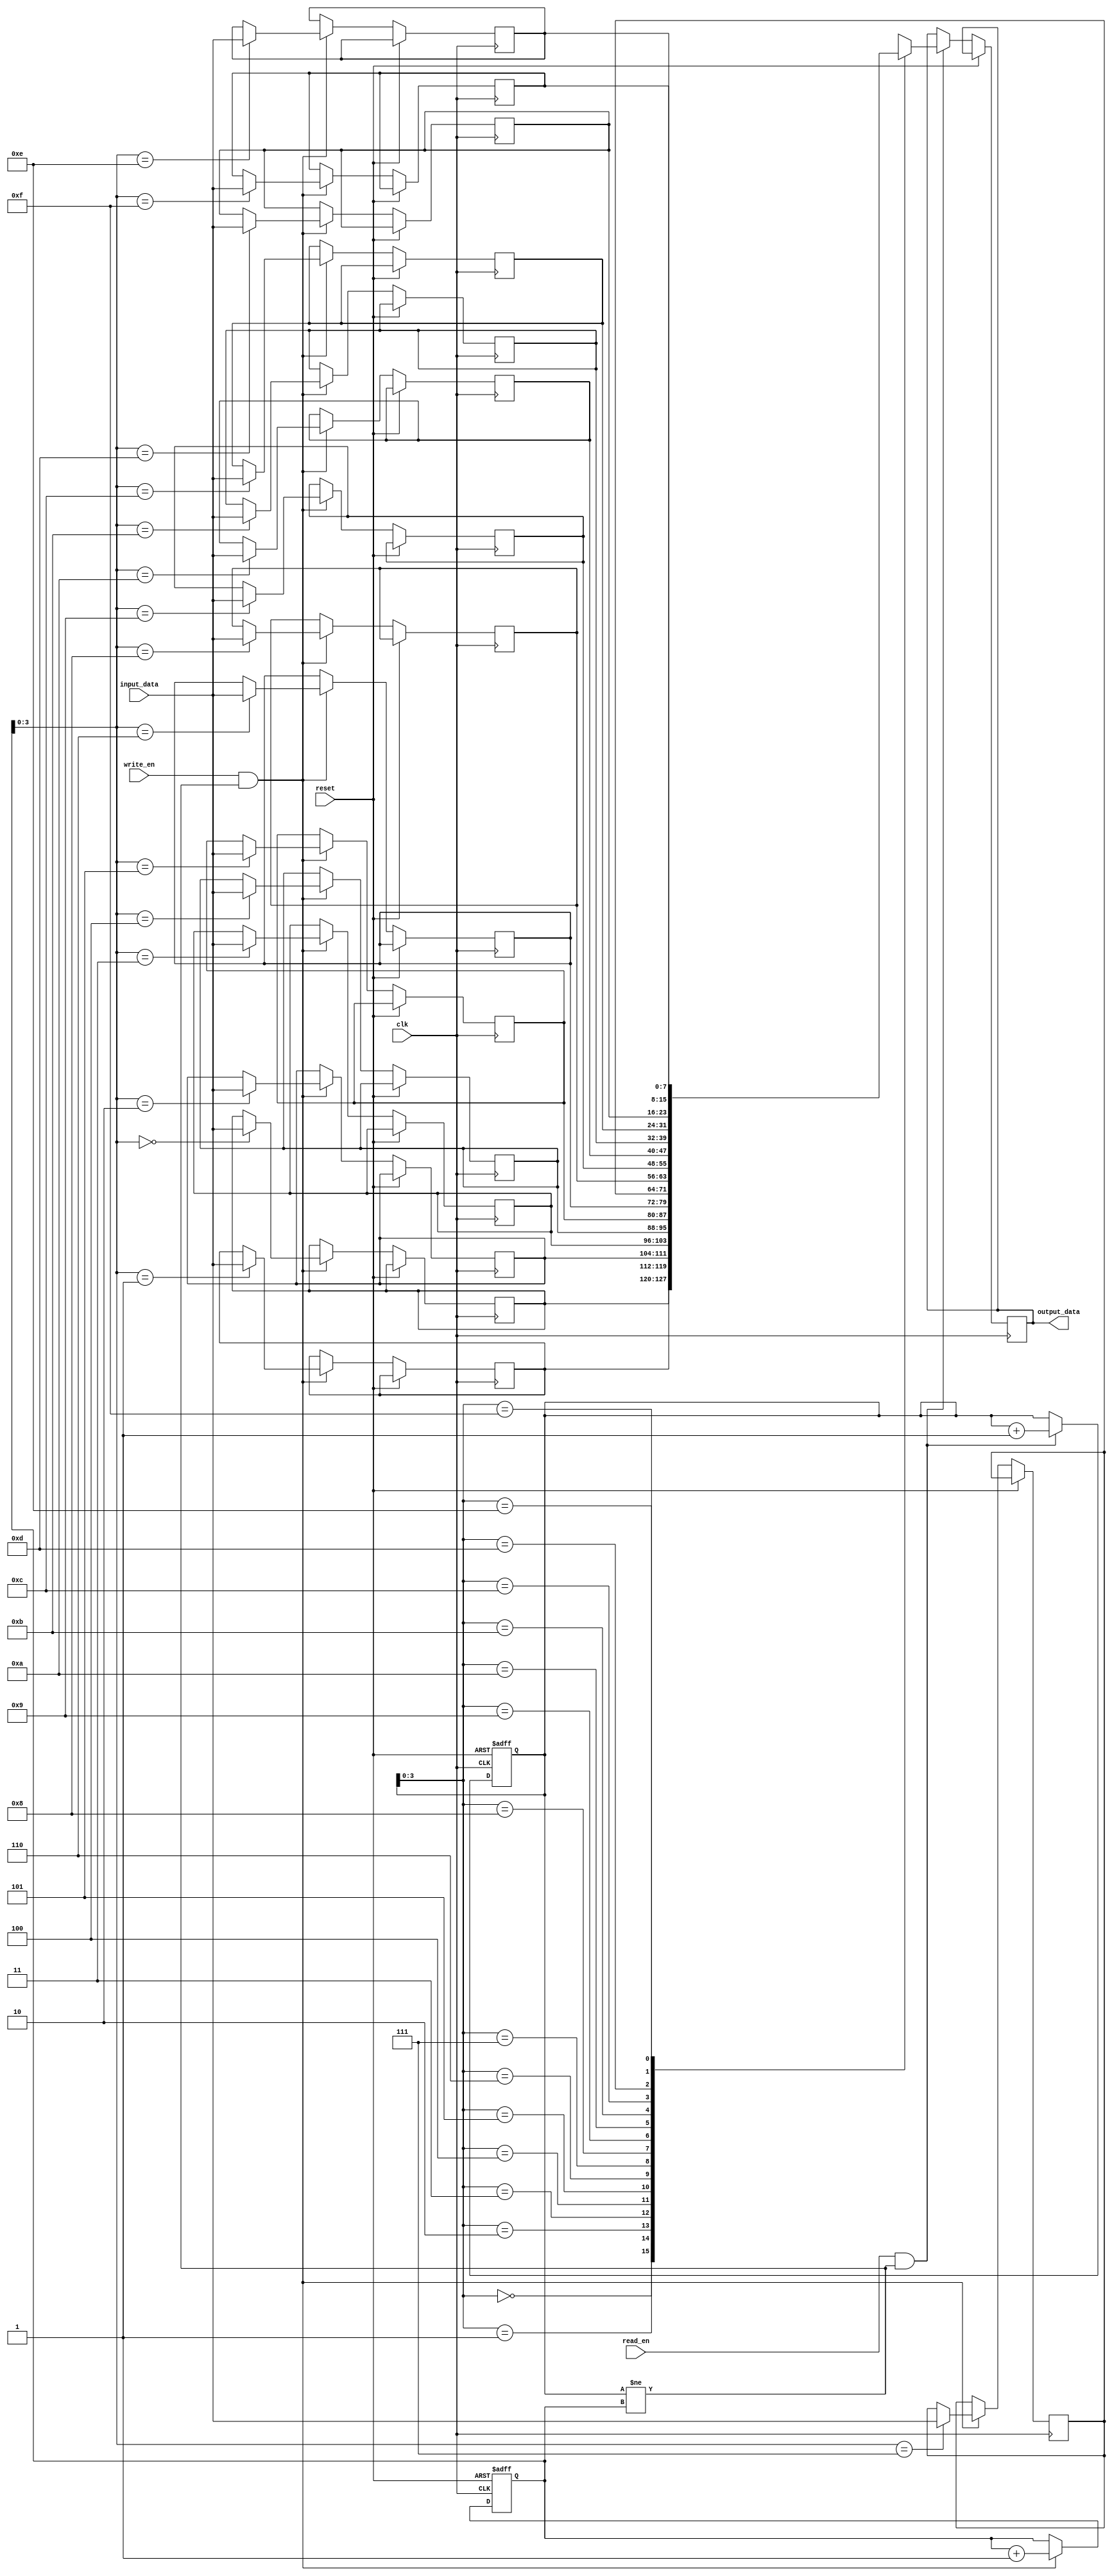
module dual_port_fifo (
    input wire clk,
    input wire reset,
    input wire [DATA_WIDTH-1:0] input_data,
    input wire write_en,
    output reg [DATA_WIDTH-1:0] output_data,
    input wire read_en
);

parameter DATA_WIDTH = 8;
parameter DEPTH = 16;
reg [DATA_WIDTH-1:0] fifo [0:DEPTH-1];
reg [DEPTH-1:0] head;
reg [DEPTH-1:0] tail;

always @(posedge clk or posedge reset) begin
    if (reset) begin
        head <= 0;
        tail <= 0;
    end else begin
        if (write_en && head != tail) begin
            fifo[tail] <= input_data;
            tail <= tail + 1;
        end
        
        if (read_en && head != tail) begin
            output_data <= fifo[head];
            head <= head + 1;
        end
    end
end

endmodule